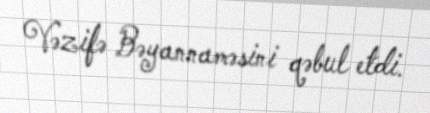
Vəzifə Bəyannaməsini qəbul etdi.